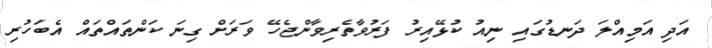
އަދި އަމިއްލަ ދަނޑުގައި ނިއު ކުޅޭއިރު ފަރުވާތެރިވާންޖެހޭ ވަރަށް ގިނަ ކަންތައްތައް އެބަހުރި